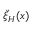
\check { \xi } _ { \cal H } ( x )